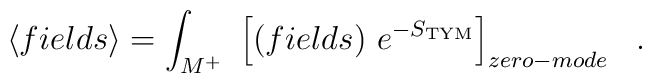
\left< fields \right> = \int_{M^{+}}  \ \left[ (fields)\ e^{-S_{\rm TYM}} \right]_{zero-mode}\ \ .